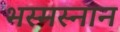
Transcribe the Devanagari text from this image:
भस्मस्नान